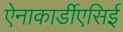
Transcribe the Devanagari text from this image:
ऐनाकार्डीएसिई